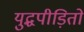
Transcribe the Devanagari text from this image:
युद्धपीड़ितों